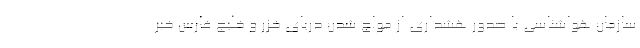
سازمان هواشناسی با صدور هشداری از مواج شدن دریای خزر و خلیج فارس خبر